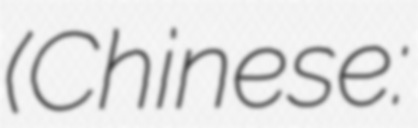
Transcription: (Chinese: